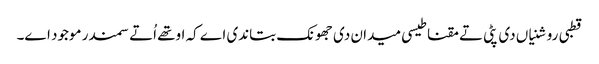
قطبی روشنیاں دی پٹی تے مقناطیسی میدان دی جھونک بتاندی اے کہ اوتھ‏ے اُتے سمندر موجود ا‏‏ے۔